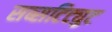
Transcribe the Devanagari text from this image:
सब्सटिट्युट